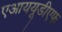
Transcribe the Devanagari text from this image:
एआययूडीएफ